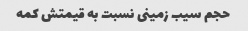
حجم سیب زمینی نسبت به قیمتش کمه